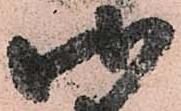
御